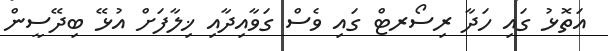
އަތޮޅު ގައި ހަދާ ރިސޯރޓް ގައި ވެސް ގަވާއިދާއި ޚިލާފަށް އުޅޭ ބިދޭސީން